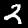
Label: 2